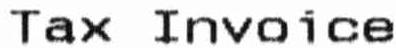
TAX INVOICE